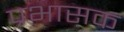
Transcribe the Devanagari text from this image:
प्रभासक